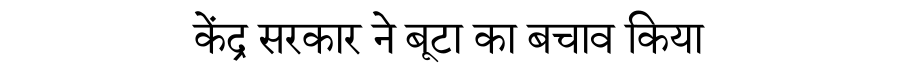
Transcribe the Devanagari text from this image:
केंद्र सरकार ने बूटा का बचाव किया